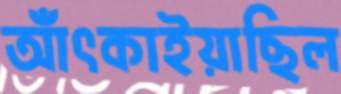
আঁৎকাইয়াছিল